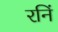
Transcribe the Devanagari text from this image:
रनिं